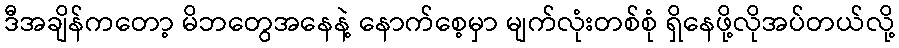
ဒီအချိန်ကတော့ မိဘတွေအနေနဲ့ နောက်စေ့မှာ မျက်လုံးတစ်စုံ ရှိနေဖို့လိုအပ်တယ်လို့